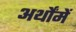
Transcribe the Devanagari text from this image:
अर्थोंमें